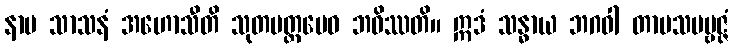
နာမ သာသနံ အဟောသီတိ သုတမတ္တမေဝ ဘဝိဿတိ။ ဣဒံ သန္ဓာယ ဘဂဝါ တာပသပဗ္ဗဇ္ဇံ